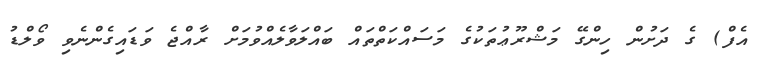
އެފް) ގެ ދަށުން ހިންގޭ މަޝްރޫޢުތަކުގެ މަސައްކަތްތައް ބައްލަވާލެއްވުމަށް ރާއްޖެ ވަޑައިގެންނެވި ވޯލްޑު